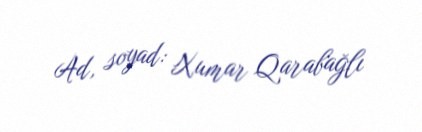
Ad, soyad: Xumar Qarabağlı